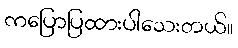
ကပြောပြထားပါသေးတယ်။